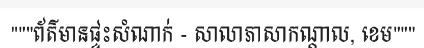
"""ព័ត៌មានផ្ទះសំណាក់ - សាលាភាសាកណ្តាល, ខេម"""